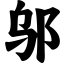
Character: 邬